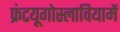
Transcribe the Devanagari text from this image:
फ्रंटयूगोस्लावियामें